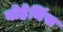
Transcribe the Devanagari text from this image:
बोहेमिंस